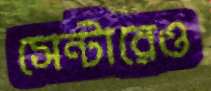
সেন্টারেও